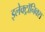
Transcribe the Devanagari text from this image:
इलेक्ट्राॅनिक्स